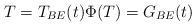
LaTeX: \begin{align*} T=T_{BE}(t)\Phi(T)=G_{BE}(t) \end{align*}